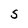
Character: S